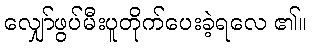
လျှော်ဖွပ်မီးပူတိုက်ပေးခဲ့ရလေ ၏။